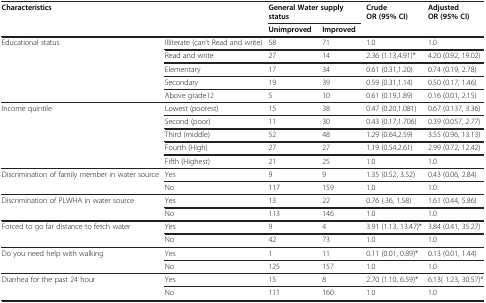
<table><thead><tr><td colspan="2"><b>Characteristics</b></td><td colspan="2"><b>General Water supply status</b></td><td><b>Crude OR (95%CI)</b></td><td><b>Adjusted OR (95%CI)</b></td></tr><tr><td><b> </b></td><td><b> </b></td><td><b>Unimproved</b></td><td><b>Improved</b></td><td><b> </b></td><td><b> </b></td></tr></thead><tbody><tr><td>Educational status</td><td>Illiterate (can’t Read and write)</td><td>58</td><td>71</td><td>1.0</td><td>1.0</td></tr><tr><td> </td><td>Read and write</td><td>27</td><td>14</td><td>2.36 (1.13,4.91)*</td><td>4.20 (0.92, 19.02)</td></tr><tr><td> </td><td>Elementary</td><td>17</td><td>34</td><td>0.61 (0.31,1.20)</td><td>0.74 (0.19, 2.78)</td></tr><tr><td> </td><td>Secondary</td><td>19</td><td>39</td><td>0.59 (0.31,1.14)</td><td>0.50 (0.17, 1.46)</td></tr><tr><td> </td><td>Above grade12</td><td>5</td><td>10</td><td>0.61 (0.19,1.89)</td><td>0.16 (0.01, 2.15)</td></tr><tr><td>Income quintile</td><td>Lowest (poorest)</td><td>15</td><td>38</td><td>0.47 (0.20,1.081)</td><td>0.67 (0.137, 3.36)</td></tr><tr><td> </td><td>Second (poor)</td><td>11</td><td>30</td><td>0.43 (0.17,1.706)</td><td>0.39 (0.057, 2.77)</td></tr><tr><td> </td><td>Third (middle)</td><td>52</td><td>48</td><td>1.29 (0.64,2.59)</td><td>3.55 (0.96, 13.13)</td></tr><tr><td> </td><td>Fourth (High)</td><td>27</td><td>27</td><td>1.19 (0.54,2.61)</td><td>2.99 (0.72, 12.42)</td></tr><tr><td> </td><td>Fifth (Highest)</td><td>21</td><td>25</td><td>1.0</td><td>1.0</td></tr><tr><td>Discrimination of family member in water source</td><td>Yes</td><td>9</td><td>9</td><td>1.35 (0.52, 3.52)</td><td>0.43 (0.06, 2.84)</td></tr><tr><td> </td><td>No</td><td>117</td><td>159</td><td>1.0</td><td>1.0</td></tr><tr><td>Discrimination of PLWHA in water source</td><td>Yes</td><td>13</td><td>22</td><td>0.76 (.36, 1.58)</td><td>1.61 (0.44, 5.86)</td></tr><tr><td> </td><td>No</td><td>113</td><td>146</td><td>1.0</td><td>1.0</td></tr><tr><td>Forced to go far distance to fetch water</td><td>Yes</td><td>9</td><td>4</td><td>3.91 (1.13, 13.47)*</td><td>3.84 (0.41, 35.27)</td></tr><tr><td> </td><td>No</td><td>42</td><td>73</td><td>1.0</td><td>1.0</td></tr><tr><td>Do you need help with walking</td><td>Yes</td><td>1</td><td>11</td><td>0.11 (0.01, 0.89)*</td><td>0.13 (0.01, 1.44)</td></tr><tr><td> </td><td>No</td><td>125</td><td>157</td><td>1.0</td><td>1.0</td></tr><tr><td>Diarrhea for the past 24 hour</td><td>Yes</td><td>15</td><td>8</td><td>2.70 (1.10, 6.59)*</td><td>6.13( 1.23, 30.57)*</td></tr><tr><td> </td><td>No</td><td>111</td><td>160</td><td>1.0</td><td>1.0</td></tr></tbody></table>